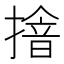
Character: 摿